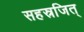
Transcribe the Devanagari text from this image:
सहस्रजित्